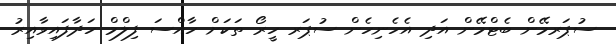
ސުޕަރމޭން ބެޓްމޭން އަދި އެހެނިހެން ސުޕަރ ހީރޯ ތަކަށް ހާއްސަ ފިލްމް ހަދާފައިވާއިރު